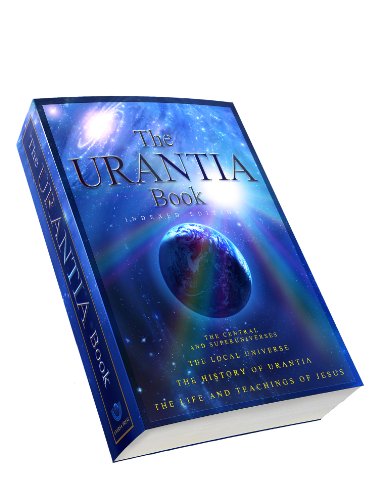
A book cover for The Urantia Book: New and Improved Ebook; Multiple Authors; Religion & Spirituality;